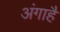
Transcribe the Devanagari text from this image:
अंगाहै